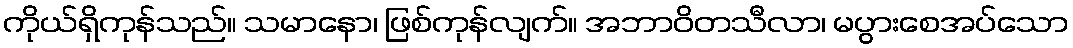
ကိုယ်ရှိကုန်သည်။ သမာနော၊ ဖြစ်ကုန်လျက်။ အဘာဝိတသီလာ၊ မပွားစေအပ်သော